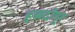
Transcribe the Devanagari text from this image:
हळदीपूर